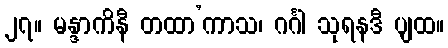
၂၇။ မန္ဒာကိနီ တထာ’ကာသ၊ ဂင်္ဂါ သုရနဒီ ပျထ။